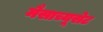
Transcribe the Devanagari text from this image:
मैसाच्यूसेट